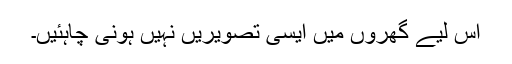
اس لیے گھروں میں ایسی تصویریں نہیں ہونی چاہئیں۔